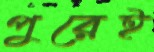
পুরেই